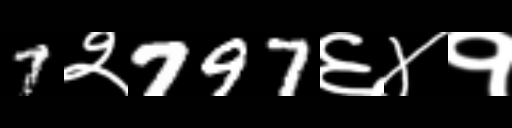
Text: 7२797६४१